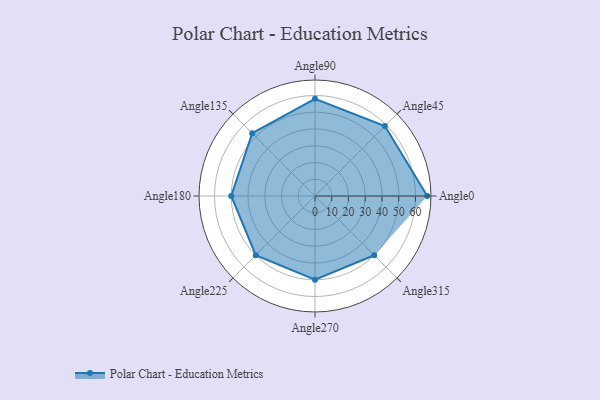
{"axis": {"x": "Angle", "y": "Radius"}, "legend": [""], "data": [{"x": "Angle0", "y": 67.0, "type": ""}, {"x": "Angle45", "y": 59.0, "type": ""}, {"x": "Angle90", "y": 58.0, "type": ""}, {"x": "Angle135", "y": 53.0, "type": ""}, {"x": "Angle180", "y": 50, "type": ""}, {"x": "Angle225", "y": 50, "type": ""}, {"x": "Angle270", "y": 50, "type": ""}, {"x": "Angle315", "y": 50, "type": ""}]}